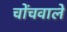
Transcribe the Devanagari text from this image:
चोंचवाले